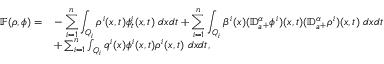
\begin{array} { r l } { \mathbb { F } ( \rho , \phi ) = } & { - \displaystyle \sum _ { i = 1 } ^ { n } \int _ { Q _ { i } } \rho ^ { i } ( x , t ) \phi _ { t } ^ { i } ( x , t ) \; d x d t + \sum _ { i = 1 } ^ { n } \int _ { Q _ { i } } \beta ^ { i } ( x ) ( { \mathbb D } _ { a ^ { + } } ^ { \alpha } \phi ^ { i } ) ( x , t ) ( { \mathbb D } _ { a ^ { + } } ^ { \alpha } \rho ^ { i } ) ( x , t ) \; d x d t } \\ & { + \sum _ { i = 1 } ^ { n } \int _ { Q _ { i } } q ^ { i } ( x ) \phi ^ { i } ( x , t ) \rho ^ { i } ( x , t ) \; d x d t , } \end{array}